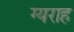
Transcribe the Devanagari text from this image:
ग्यराह